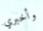
وأخبري